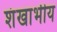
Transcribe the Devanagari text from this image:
शंखाभीय